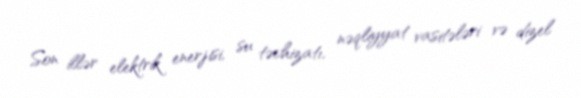
Son illər elektrik enerjisi, su təchizatı, nəqliyyat vasitələri və dizel